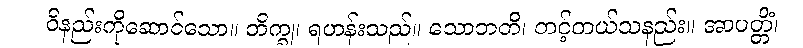
ဝိနည်းကိုဆောင်သော။ ဘိက္ခု၊ ရဟန်းသည်။ သောဘတိ၊ တင့်တယ်သနည်း။ အာပတ္တိံ၊